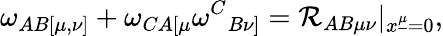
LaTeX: \omega_{AB[\mu,\nu]}+\omega_{CA[\mu}\omega^{C}{}_{B\nu]}={\cal R}_{AB\mu\nu}|_{x^{\underline{{\mu}}}=0},